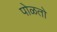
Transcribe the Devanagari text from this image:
पोळतो